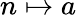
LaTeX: n\mapsto a